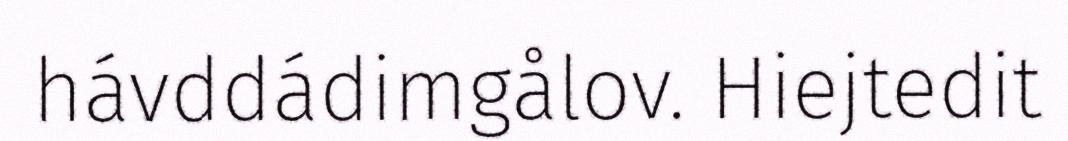
hávddádimgålov. Hiejtedit